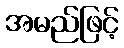
အမည်ဖြင့်